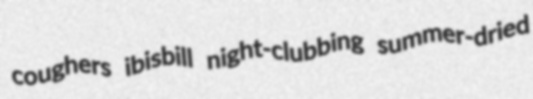
coughers ibisbill night-clubbing summer-dried